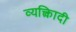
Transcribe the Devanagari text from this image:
व्यक्त्विादी